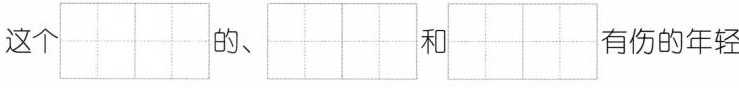
这个 的、和 有伤的年轻